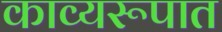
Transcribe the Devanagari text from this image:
काव्यरूपात